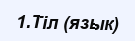
1.Тіл (язык)